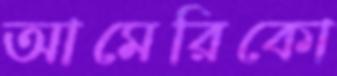
আমেরিকো